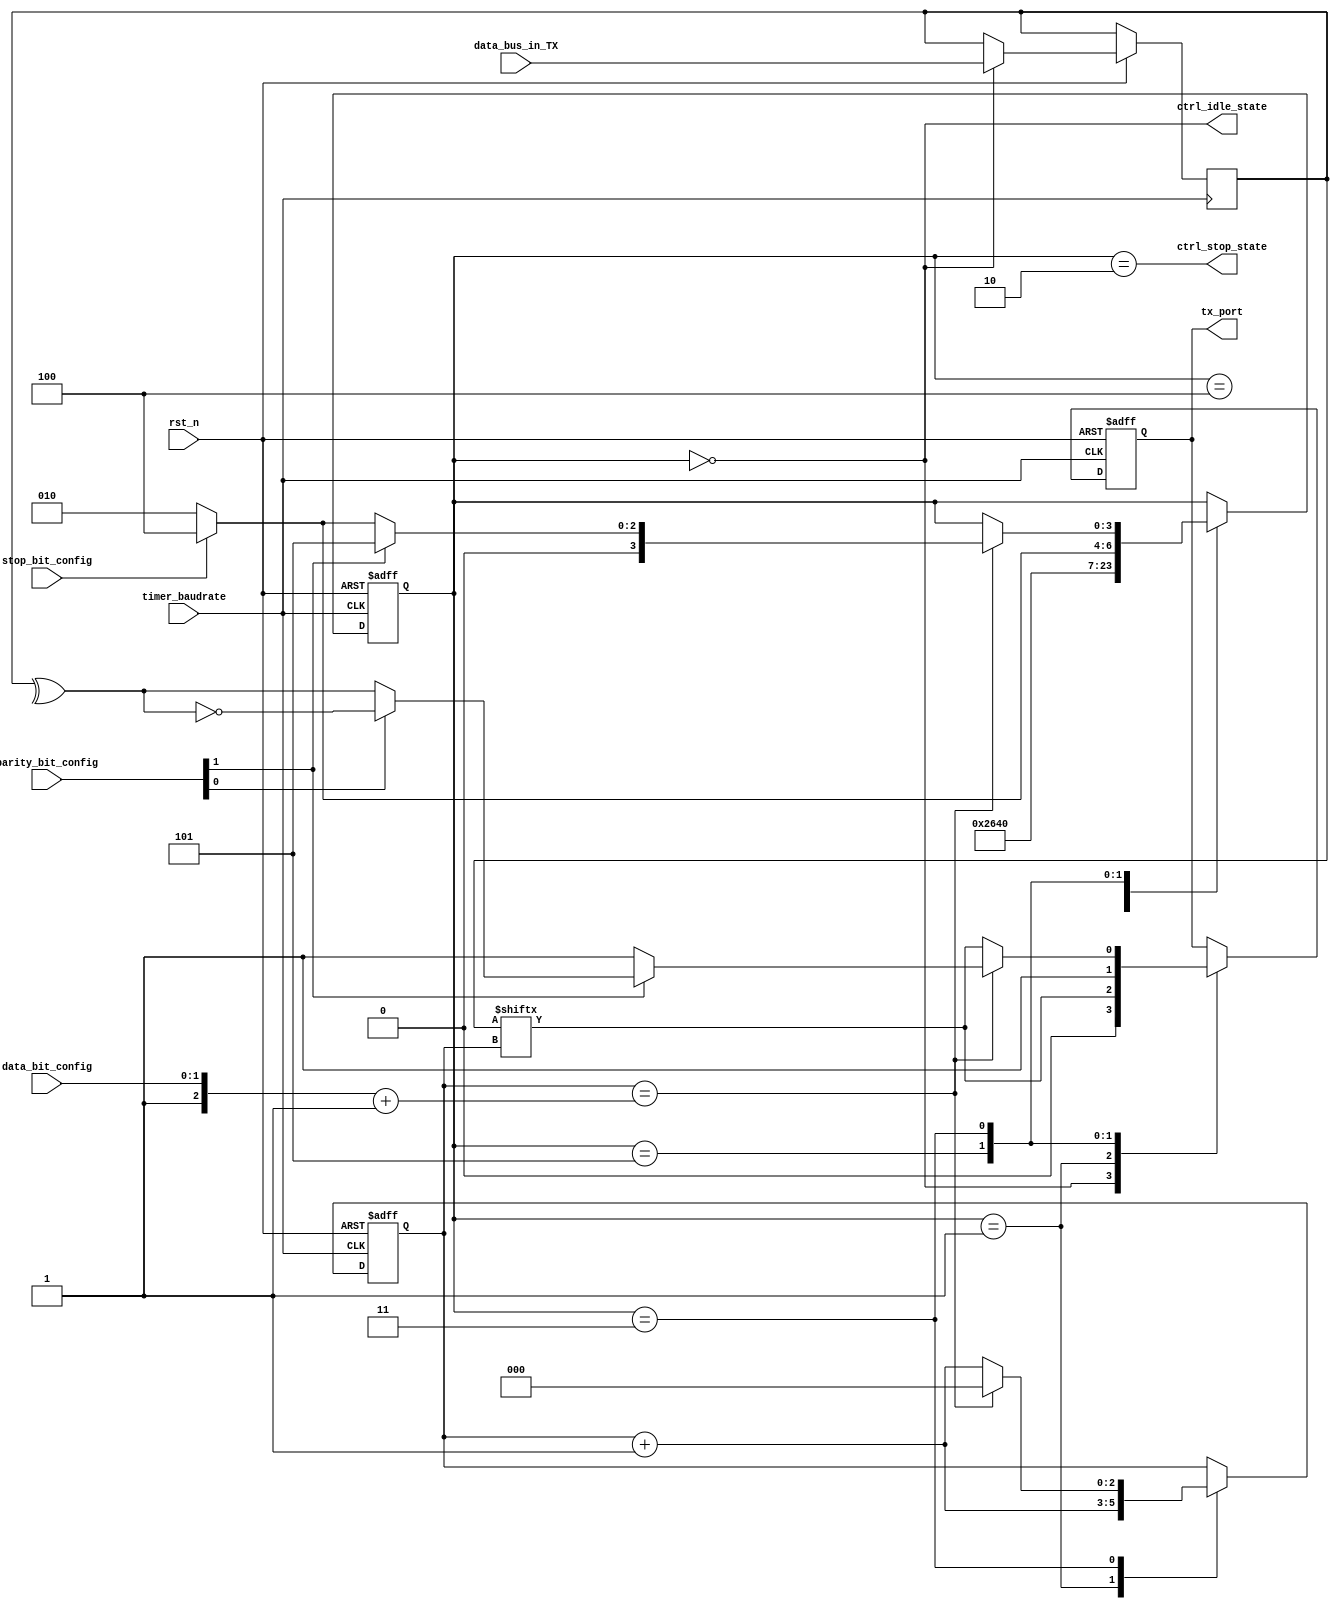
module com_uart_trans
    #(  parameter FIRST_BIT = 0,
        parameter START_BIT = 0,
        parameter STOP_BIT = 1
    )
    (
    input [7:0] data_bus_in_TX,
    input timer_baudrate,
    input rst_n,
    output ctrl_idle_state,
    output ctrl_stop_state,
    output reg tx_port,
//    output reg TX_free,
    
    // Configuration
    input stop_bit_config,              // 1 - 2 (0/1) stop bit
    input [1:0] parity_bit_config,            // Odd / Even parity bit 
    input [1:0] data_bit_config         // 5 -> 8 data bit
    
    // debug 
//    ,output [3:0] state_counter_wire 
    );
    
    localparam START_STATE = 1;
    localparam DATA_STATE = 3;  // previous stop-state 
    localparam STOP_STATE = 2;  
    localparam IDLE_STATE = 0;
    localparam PREV_STOP_STATE = 4;
    localparam PARITY_STATE = 5;
    
    reg [2:0] data_counter;
    reg [3:0] state_counter;
    wire [2:0] data_packet_bit;
    // Data 
    reg [7:0] buffer_TX;
    assign data_packet_bit = {1'b1, data_bit_config[1], data_bit_config[0]} + 1'b1; // = data packet size + 1
    // Timer control
    assign ctrl_idle_state = state_counter == IDLE_STATE;
    assign ctrl_stop_state = state_counter == STOP_STATE;
    
    always @(posedge timer_baudrate, negedge rst_n) begin
        if(!rst_n) begin
            state_counter <= IDLE_STATE;
            data_counter <= FIRST_BIT;
//            TX_free <= 0;
            tx_port <= 1;
        end
        else begin
            case (state_counter)
                IDLE_STATE: begin
                    tx_port <= START_BIT;
                    state_counter <= START_STATE;
//                    TX_free <= 0;
                    // Data 
                    buffer_TX <= data_bus_in_TX;
                end
                START_STATE: begin
                    state_counter <= DATA_STATE;
                    tx_port <= buffer_TX[data_counter];
                    data_counter <= data_counter + 1;
                end
                PREV_STOP_STATE: state_counter <= STOP_STATE;
                STOP_STATE: begin
                    state_counter <= IDLE_STATE;
//                    TX_free <= 1;
                end
                PARITY_STATE: begin
                    // TX controller
                    tx_port <= STOP_BIT;
                    state_counter <= (stop_bit_config) ? PREV_STOP_STATE : STOP_STATE;
                end    
                DATA_STATE: begin
                    if(data_counter == data_packet_bit) begin
                        // Parity controller
                        if(parity_bit_config[1]) begin
                            tx_port <= (parity_bit_config[0]) ? !(^buffer_TX) : (^buffer_TX);
                            state_counter <= PARITY_STATE;
                        end
                        else begin
                            tx_port <= STOP_BIT;
                            state_counter <= (stop_bit_config) ? PREV_STOP_STATE : STOP_STATE;
                        end
                        // Data packet set default
                        data_counter <= FIRST_BIT;
                    end
                    else begin
                        tx_port <= buffer_TX[data_counter];
                        data_counter <= data_counter + 1;
                    end
                end
            endcase
        end
    end
    // Debug 
//    assign state_counter_wire = state_counter;
endmodule